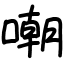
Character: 嘲